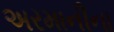
અરમાનીના